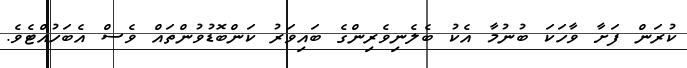
ކުރަން ފަށާ ވާހަކަ ބުނުމާ އެކު ބެލެނިވެރިންގެ ބައިވަރު ކަންބޮޑުވުންތައް ވެސް އެބަހުއްޓެވެ.